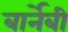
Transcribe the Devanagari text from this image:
बार्नेबी